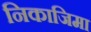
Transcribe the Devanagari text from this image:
निकाजिमा